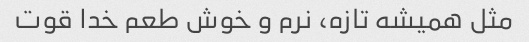
مثل همیشه تازه، نرم و خوش طعم خدا قوت